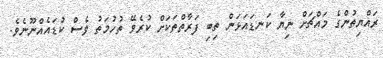
ރައްޔިތުންގެ މައްޗަށް ނިޔާ ކަނޑައަޅަން ތިބި ފަރާތްތަކަށް ކުރެވޭ ތުހުމަތު ވެސް ކުޑައެއްނޫނެވެ.